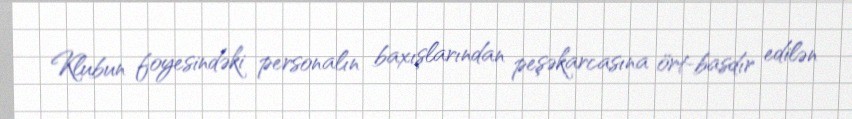
Klubun foyesindəki personalın baxışlarından peşəkarcasına ört-basdır edilən